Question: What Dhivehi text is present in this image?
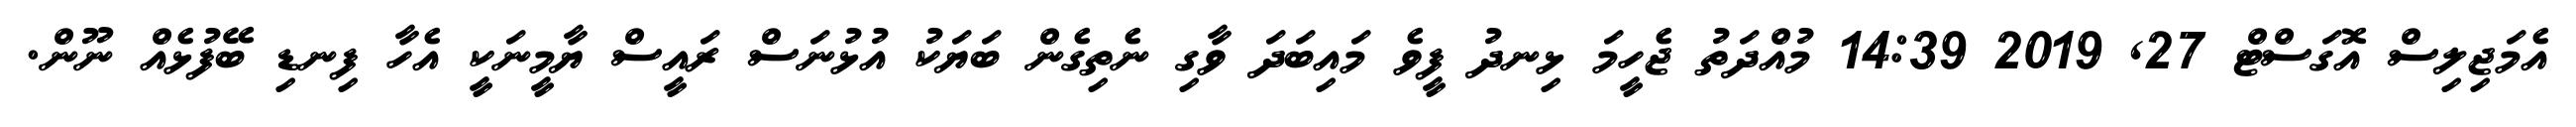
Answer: އެމަޖިލިސް އޮގަސްޓް 27, 2019 14:39 މުއްދަތު ޖެހީމަ ޅިނދު ފީވެ މައިބަދަ ވާގި ނެތިގެން ބަޔަކު އުޅުނަސް ރައީސް ޔާމީނަކީ އެހާ ފިނޑި ބޭފުޅެއް ނޫން.